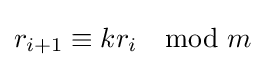
r_{i+1}\equiv kr_{i}\mod m